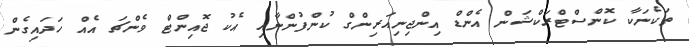
ތަކެނަކާ ކޮންސްޓްރަކްޝަން އެންޑް އިންޖިނިއަރިންގް ކުންފުންނާއި އެކު ޖޮއިންޓް ވެންޗަ އެއް ހަދައިގެން